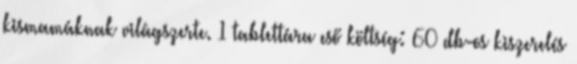
kismamáknak világszerte. 1 tablettára eső költség: 60 db-os kiszerelés